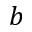
b